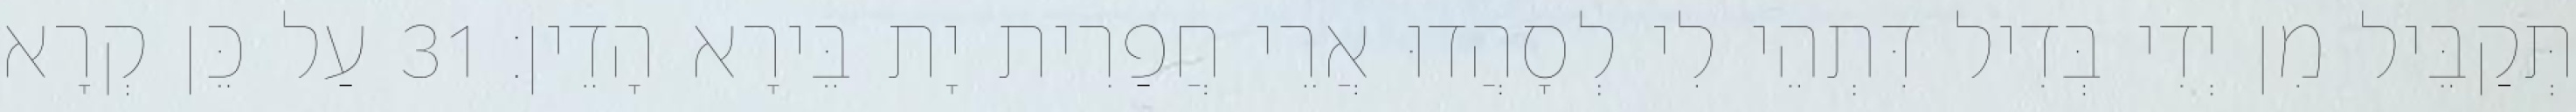
תְּקַבֵּיל מִן יְדִי בְּדִיל דִּתְהֵי לִי לְסָהֲדוּ אֲרֵי חֲפַרִית יָת בֵּירָא הָדֵין׃ 31 עַל כֵּן קְרָא